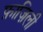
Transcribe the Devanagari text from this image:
फ़ाज़िली